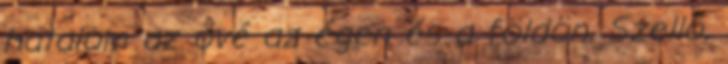
hatalom az övé az égen és a földön. Szellő,